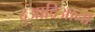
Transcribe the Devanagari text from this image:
दुआदिआना